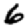
Digit: 6